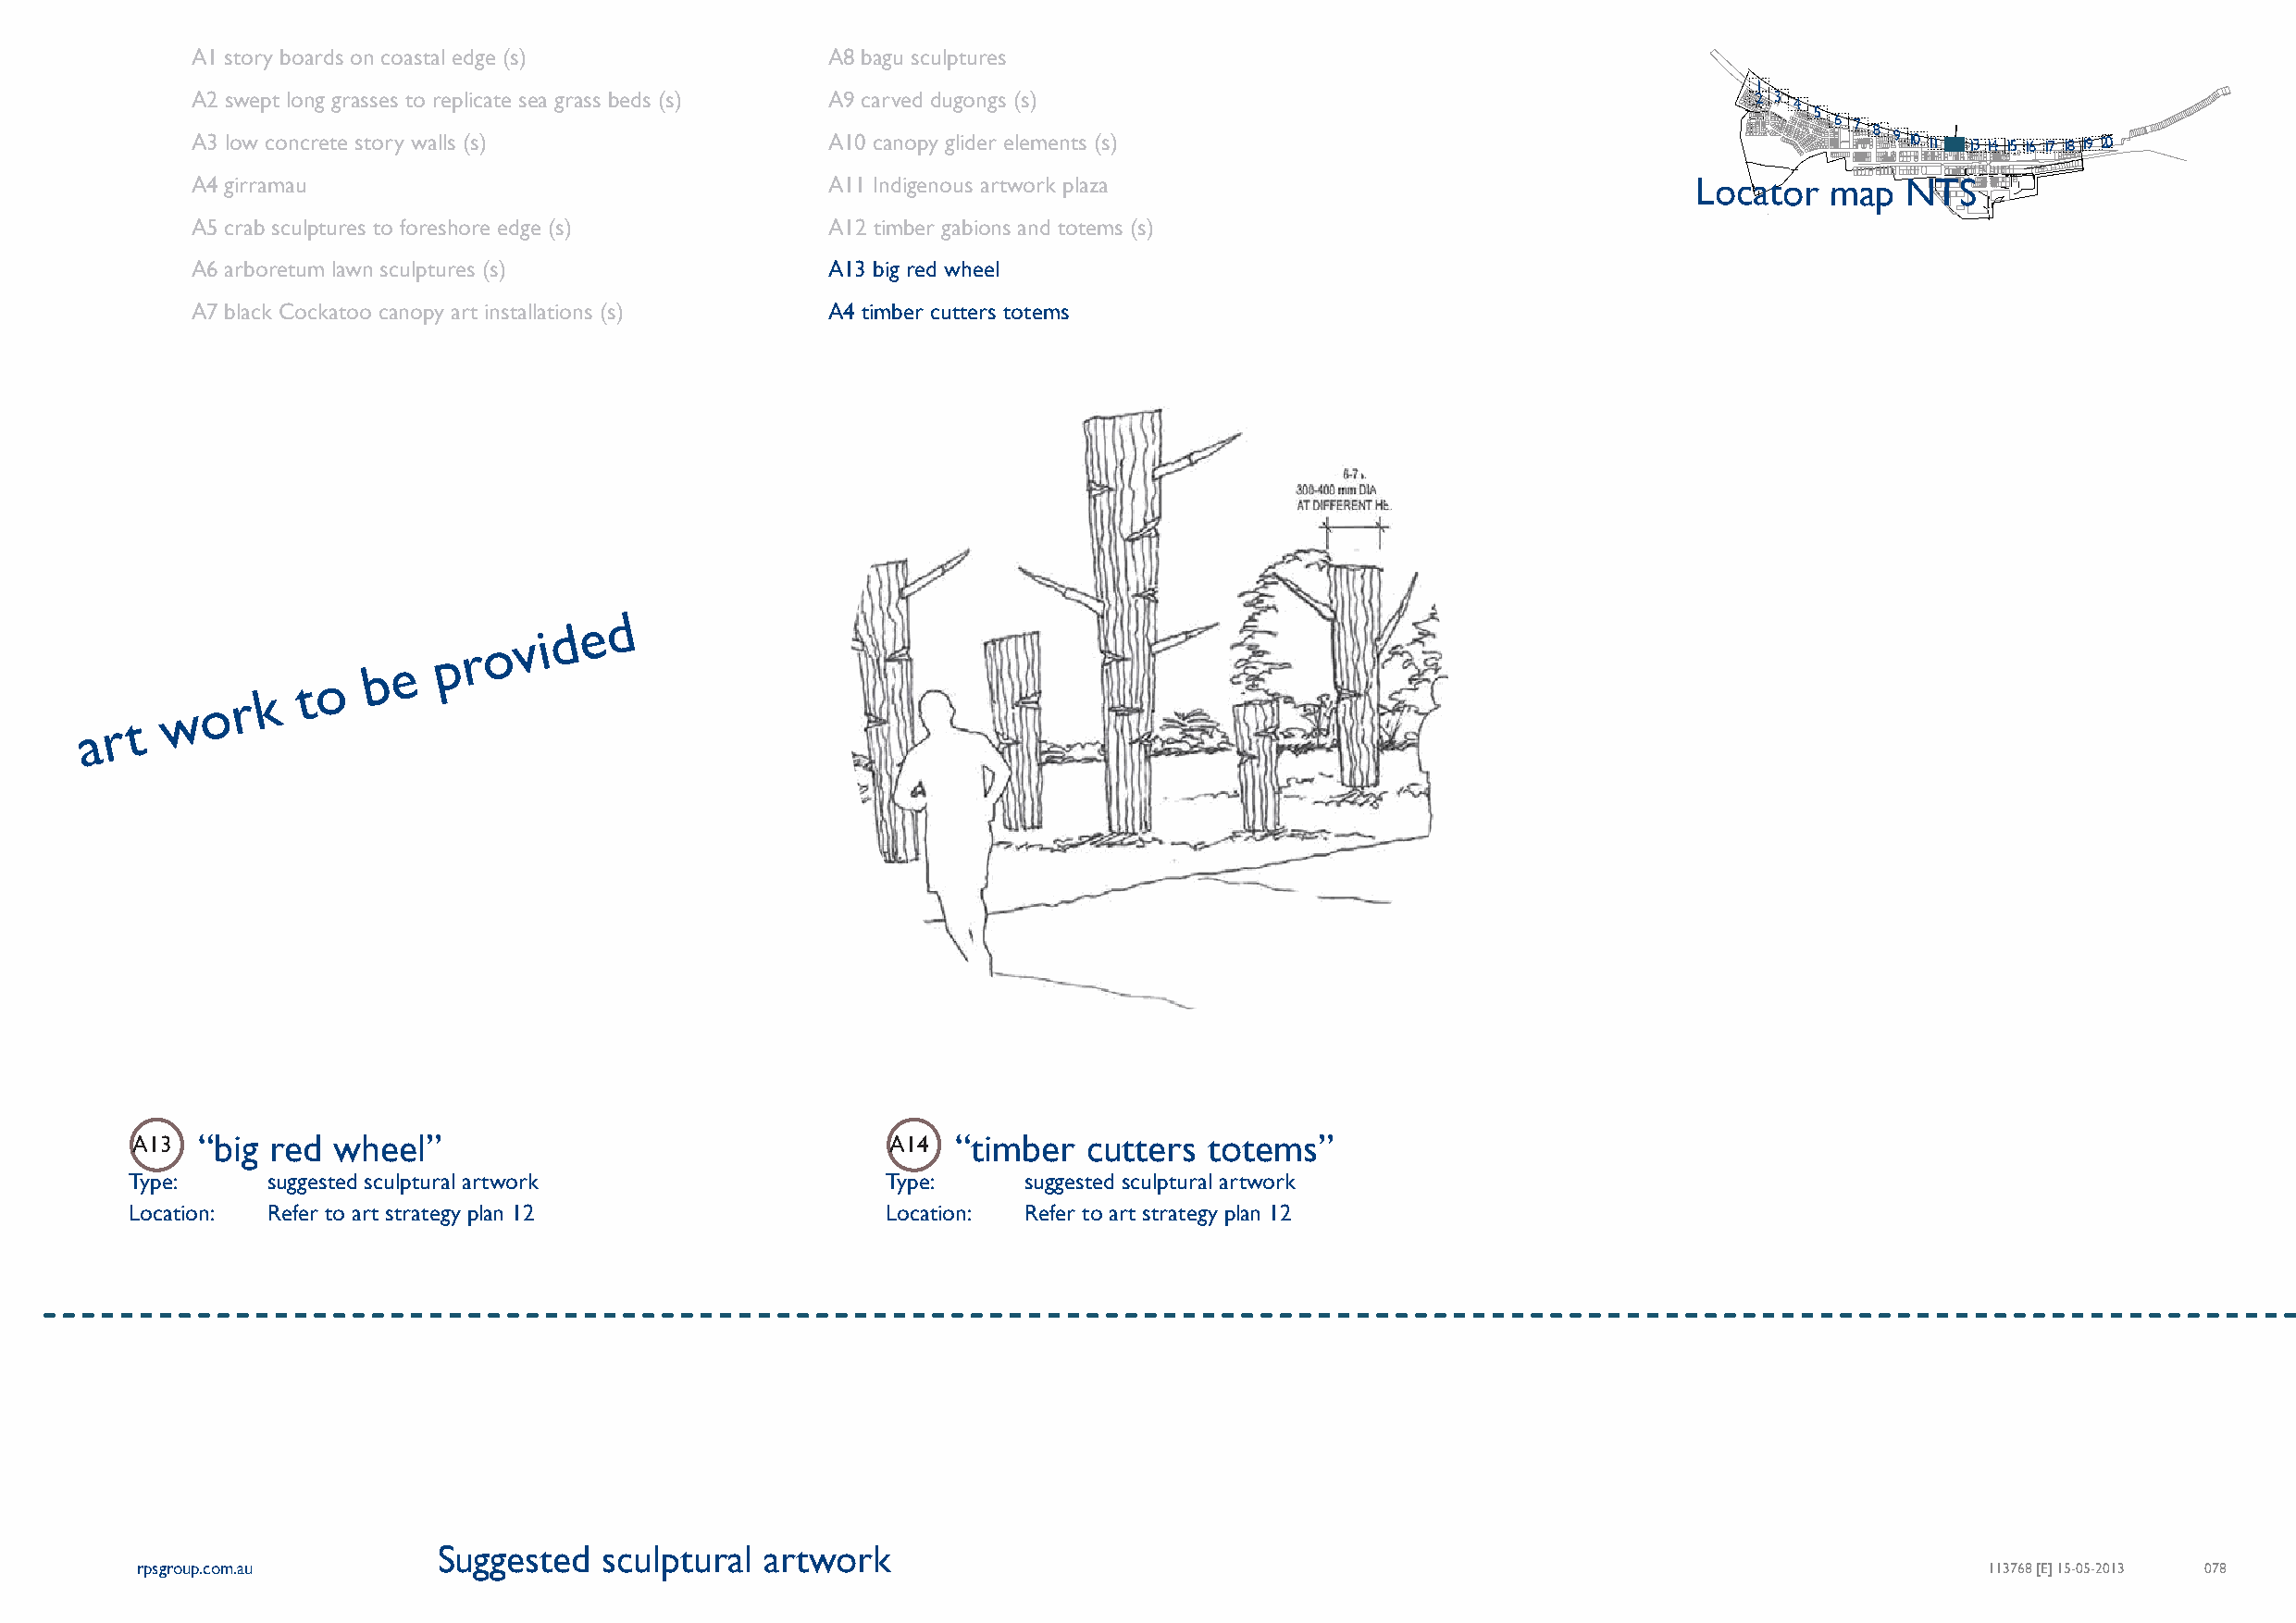
A1 story boards on coastal edge (s)          A8 bagu sculptures
 1
 A2 swept long grasses to replicate sea grass beds (s) A9 carved dugongs (s)                                     2 3
 4
 5
 A3 low concrete story walls (s)              A10 canopy glider elements (s)                                          6 7 8 9 10 11 12 13 14 15 16 17 18 19 20
 A4 girramau                                  A11 Indigenous artwork plaza                                  Locator   map  NTS
 A5 crab sculptures to foreshore edge (s)     A12 timber gabions and totems (s)
 A6 arboretum lawn sculptures (s)             A13 big red wheel
 A7 black Cockatoo canopy art installations (s) A4 timber cutters totems
 d
 d e
 o v i
 p r
 b e
 o
 o r k
 t
 w
 a r t
 A13  “big red  wheel”                                  A14 “timber   cutters totems”
 Type:     suggested sculptural artwork                Type:     suggested sculptural artwork
 Location: Refer to art strategy plan 12               Location: Refer to art strategy plan 12
 Suggested   sculptural  artwork
 rpsgroup.com.au                                                                                                                     113768 [E] 15-05-2013 078